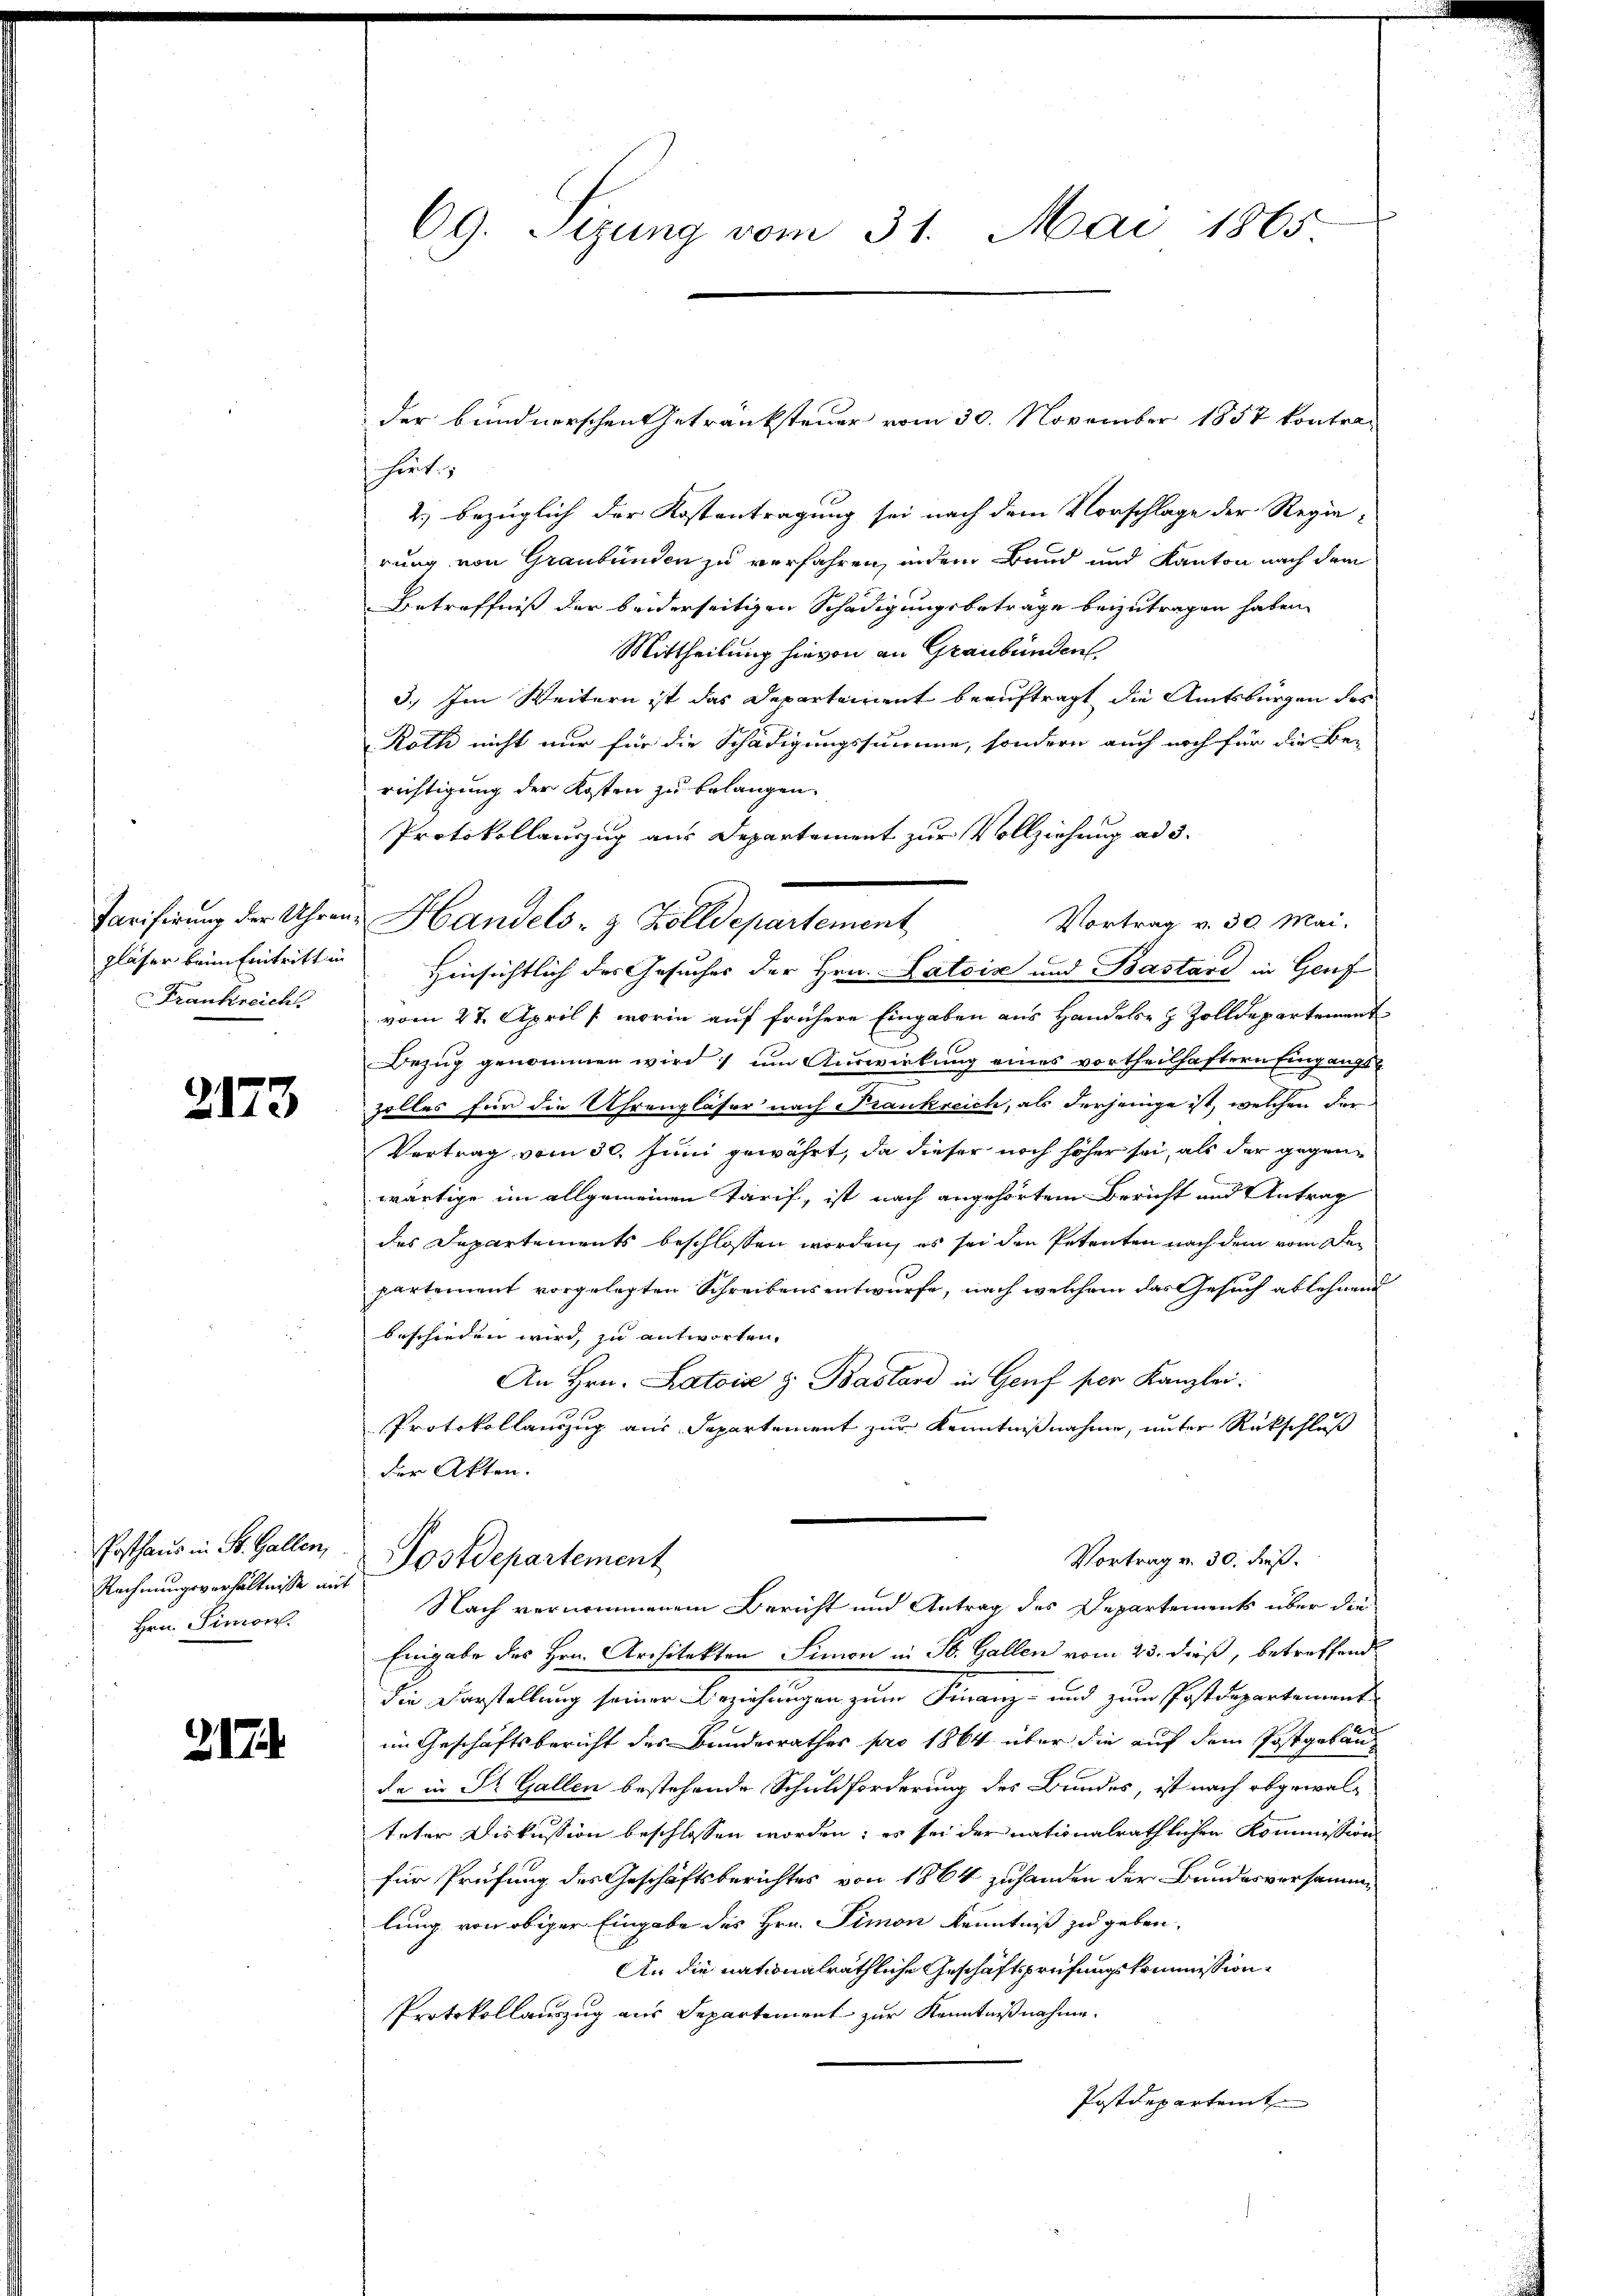
Tarifirung der Uhrenpläser beim Eintritt in
Frankreich

2173

Posthaus in St. Gallen,
Rechnungsverhältnisse mit
Hrn. Simon

217.

69. Sizung vom 31. Mai 1865

der bundnerschen Getranksteuer vom 30. November 1857 kontrahirt
2.) bezüglich der Kostantragung sei nach dem Vorschlage der Regie-
rung von Graubünden zu verfahren, indem Bund und Kanton nach dem
Betreffniß der beiderseitigen Schädigungsbetrage beizutragen haben.
Mittheilung hievon an Graubünden
3.) Im Weitern ist das Departeient beauftragt, die Amtsbürgen des
Roth nicht nur für die Schädigungssumme, sondern auch noch für die Be-
richtigung der Kosten zu belangen.
Protokollauszug aus Departement zur Vollziehung ad 3.
Vortrag v. 30. Mai.
Handels- & Zolldepartement
Hinsichtlich des Gesuches der Hrn. Patoir und Bastard in Genf
vom 27. April / worin auf frühere Eingaben aus Handels- & Zolldepartement
Bezug genommen wird, um Auswirkung eines vortheilhaftern Eingangszolles für die Uhrenpläser nach Trankreich, als derjenige ist, welchen der
Vertrag vom 30. Juni gewährt, da dieser noch höher sei, als der gegenwärtige im allgemeinen Tarif, ist nach angehörtem Bericht und Antrag
des Departements beschlossen worden, es sei den Petenten nach dem vom Departement vorgelegten Schreibens entwurfe, nach welchem das Gesuch ablehnend
beschieden wird, zu antworten.
An Hrn. Latois z. Bastard in Genf per Kanzlei.
Protokollauszug aus Departement zur Kenntnißnahme, unter Rückschluß
der Akten.
Postdepartement
Vortrag v. 30. dieß.
Nach vernommenem Bericht und Antrag des Departements über die
Eingabe des Hrn. Architekten Simon in St. Gallen vom 23. dieß, betreffend
die Darstellung seiner Beziehungen zum Finanz- und zum Postdepartement
im Geschäftsbericht des Bundesrathes pro 1864 über die auf dem Postgelande in Dr. Gallen bestehende Schuldforderung des Bundes, ist nach abgewalteter Diskussion beschlossen worden; es sei der nationalräthlichen Kommission
für Prüfung des Geschäftsberichtes von 1864 zuhanden der Bundesversamme
lung von obiger Eingabe des Hrn. Simon Kenntniß zu geben.
An die nationalräthliche Geschäftsprüfungskommission
Protokollauszug aus Separtement zur Kenntnißnahme.
Postdepartemt